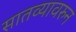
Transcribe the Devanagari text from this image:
सातव्यावरुन